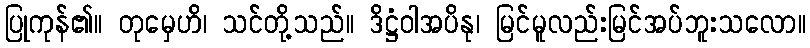
ပြုကုန်၏။ တုမှေဟိ၊ သင်တို့သည်။ ဒိဋ္ဌံဝါအပိနု၊ မြင်မူလည်းမြင်အပ်ဘူးသလော။